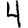
Digit: 4